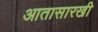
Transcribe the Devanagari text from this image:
आतासारखी